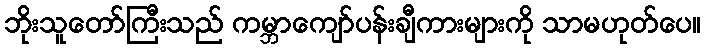
ဘိုးသူတော်ကြီးသည် ကမ္ဘာကျော်ပန်းချီကားများကို သာမဟုတ်ပေ။